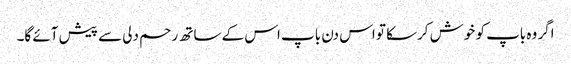
اگر وہ باپ کو خوش کرسکا تو اس دن باپ اس کے ساتھ رحم دلی سے پیش آئے گا۔